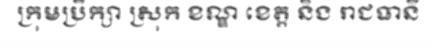
ក្រុមប្រឹក្សា ស្រុក ខណ្ឌ ខេត្ត និង រាជធានី